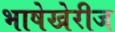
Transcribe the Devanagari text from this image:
भाषेखेरीज